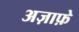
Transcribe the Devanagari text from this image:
अज़ाफ़े